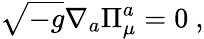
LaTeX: \sqrt{-g}\nabla_{a}\Pi_{\mu}^{a}=0\ ,